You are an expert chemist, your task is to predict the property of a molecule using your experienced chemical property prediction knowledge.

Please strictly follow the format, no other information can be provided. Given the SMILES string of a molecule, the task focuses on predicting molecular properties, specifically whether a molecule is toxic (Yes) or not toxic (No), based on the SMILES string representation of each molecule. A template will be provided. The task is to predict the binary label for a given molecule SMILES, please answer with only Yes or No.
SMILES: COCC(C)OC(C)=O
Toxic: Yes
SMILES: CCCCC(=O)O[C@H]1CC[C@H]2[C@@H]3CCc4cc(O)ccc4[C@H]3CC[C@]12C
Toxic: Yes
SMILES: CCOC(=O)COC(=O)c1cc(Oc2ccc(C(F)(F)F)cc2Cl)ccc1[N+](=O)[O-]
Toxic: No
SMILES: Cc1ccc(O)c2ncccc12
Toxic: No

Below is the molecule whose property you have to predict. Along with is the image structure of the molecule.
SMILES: O=C(O)c1ccc(O)nc1
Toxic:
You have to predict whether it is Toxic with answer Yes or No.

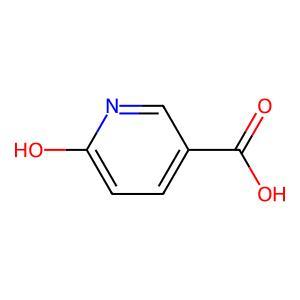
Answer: No